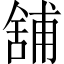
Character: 舖